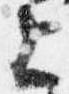
上